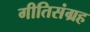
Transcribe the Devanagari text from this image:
गीतिसंग्रह